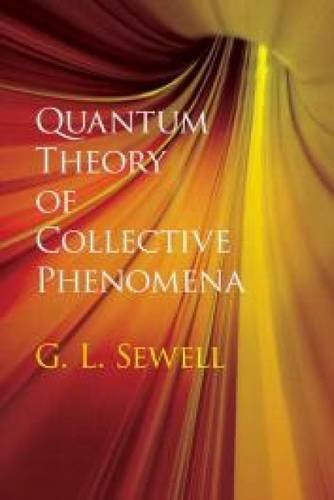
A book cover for Quantum Theory of Collective Phenomena (Dover Books on Chemistry); Prof. G. L. Sewell; Science & Math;